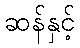
ဆန်နှင့်